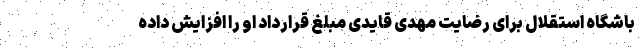
باشگاه استقلال برای رضایت مهدی قایدی مبلغ قرارداد او را افزایش داده